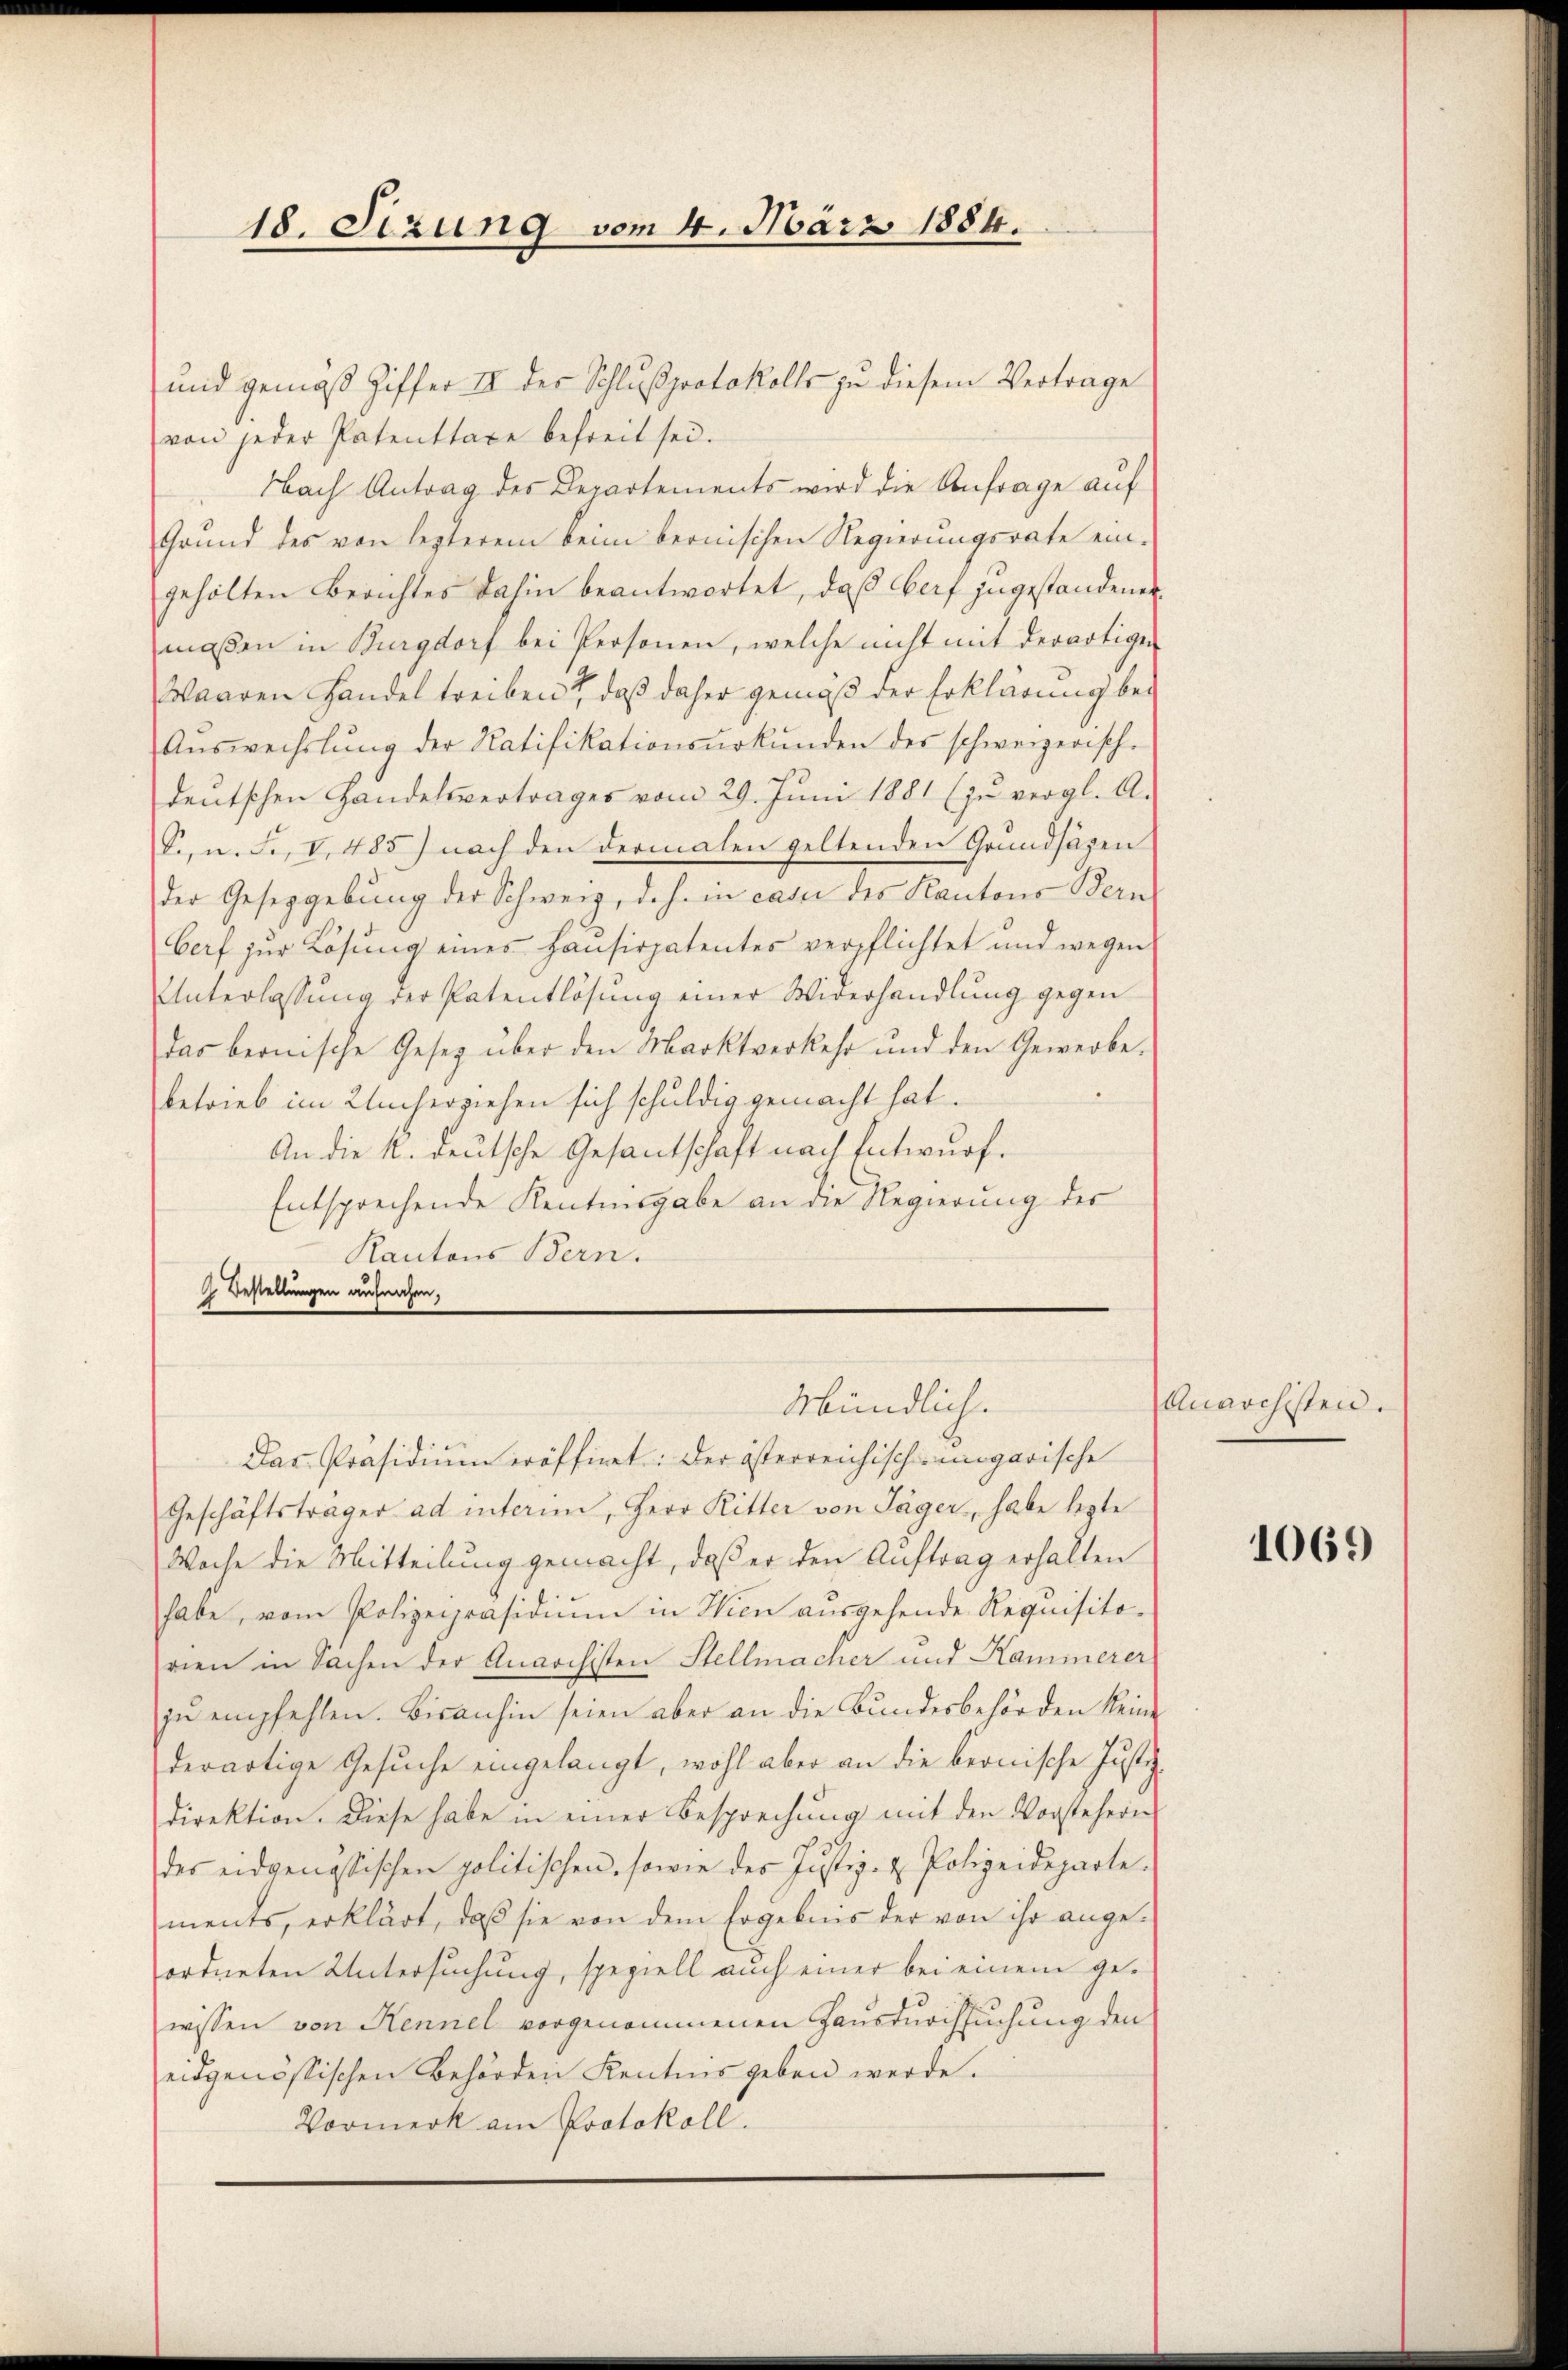
18. Sizung vom 4. März 1884.

und gemäβ Ziffer II des Schlŭβprotokolls zu diesem Vertrage
von jeder Patenttaxe befreit sei.
Nach Antrag des Departements wird die Anfrage auf
Grund des von lezterem beim bernischen Regierungsrate ein-
gehölten Berichtes dahin beantwortet, daß Herf zugestandenen
maßen in Burgdorf bei Personen, welche nicht mit derartigen
Waaren Handel treiben, daß daher gemäß der Erklärung be¬
Aŭswechslung der Ratifikationsŭrkŭnden des schweizerisch-
deutschen Handelsvertrages vom 29. Juni 1881 (zu vergl. A.
S., n. F., V. 485) nach den dermalen geltenden Grundsäzen
der Gesetzgebung der Schweiz, d.h. in casu des Kantons Bern
borf zur Lösung eines Hausirpatentes verpflichtet und wegen
Unterlassŭng der Patentlösung einer Widerhandlung gegen
das bernische Gesetz über den Marktverkehr und den Gewerbe.
betrieb im Kucherziehen sich schuldig gemacht hat.
An die k. deutsche Gesandtschaft nach Entwurf.
Entsprechende Kentnnsgabe an die Regierung des
Kantons Bern.
J. Bestellungen aufnahen,

Geschäftsträger ad interin, Herr Ritter von Jäger, habe legte
Woche die Mitteilung gemacht, daß er den Auftrag erhalten
habe, vom Polizeipräsidium in Wien ausgehende Requisitovien in Sachen der Anarchisten Stellmacher und Kammerer
zŭ empfehlen. Bisanhin seien aber an die Bundesbehörden keine
derartige Gesuche eingelangt, wohl aber an die bernische Justiz
direktion. Diese habe in einer Besprechung mit den Vorstehern
des eidgenössischen politischen, sowie des Justiz- & Polizeideparte.
ments, erklärt, daß sie von dem Ergebnis der von ihr ange-
ordneten Untersuchung, speziell auch einer bei einem gewissen von Kennel vorgenommenen Hausdurchsuchung den
eidgenössischen Behörden Kentnis geben werde.
Vormerk am Protokoll.

Mündlich.
Das Präsidium eröffnet: der österreichisch-ungarische

Anarchisten.

1069